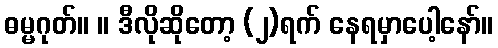
ဓမ္မဂုတ်။ ။ ဒီလိုဆိုတော့ (၂)ရက် နေရမှာပေါ့နော်။